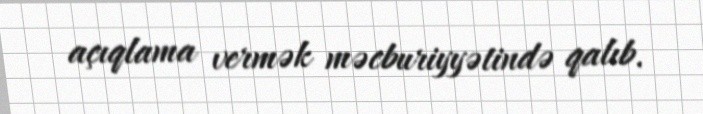
açıqlama vermək məcburiyyətində qalıb.